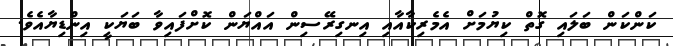
ކަންކަން ބަލައި ގޮތް ކިޔުމަށް އެމެރިކާއާއި އިނގިރޭސިން އައްޔަން ކޮށްފައިވާ ބަޔަކީ އިންޑިޔާއެވެ.